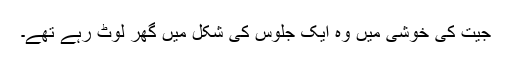
جیت کی خوشی میں وہ ایک جلوس کی شکل میں گھر لوٹ رہے تھے۔